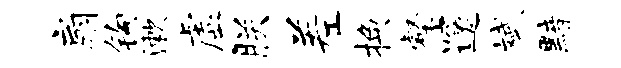
扇钩漱虚朕差换壑邃斌黯